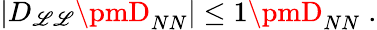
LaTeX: |D_{\mathscr{L}\mathscr{L}}\pmD_{NN}|\leq1\pmD_{NN}\; .